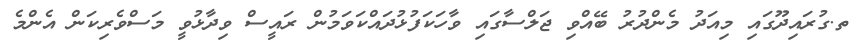
ތ.ގުރައިދޫގައި މިއަދު މެންދުރު ބޭއްވި ޖަލްސާގައި ވާހަކަފުޅުދައްކަވަމުން ރައީސް ވިދާޅުވީ މަސްވެރިކަން އެންމެ